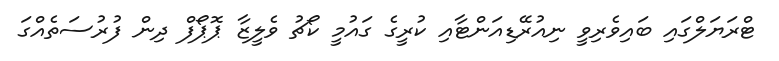
ޓްރަޔަލްގައި ބައިވެރިވީ ނިއުރޭޑިއަންޓާއި ކުރީގެ ގައުމީ ކޯޗު ވެލީޒާ ޕޮޕޯފް ދިން ފުރުސަތެއްގަ